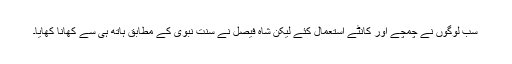
سب لوگوں نے چمچے اور کانٹے استعمال کئے لیکن شاہ فیصل نے سنتِ نبوی کے مطابق ہاتھ ہی سے کھانا کھایا۔